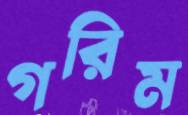
গরিম